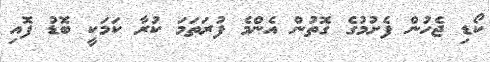
ކޯޑި ޖެހުން ފެށުމުގެ ގޮތުން އެންމެ ފުރަތަމަ ކުރާ ކަމަކީ ބޮޑު ފޮއި